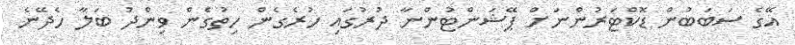
އޭގެ ސަބަބުން ޑޮކްޓަރުންނަށް ޕޭޝަންޓުންނާ ދުރުގައި ހުރެގެން ހިތުގެން ވިންދު ބަލާ ހެދޭނެ